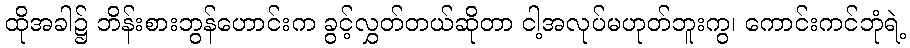
ထိုအခါ၌ ဘိန်းစားဘွန်ဟောင်းက ခွင့်လွှတ်တယ်ဆိုတာ ငါ့အလုပ်မဟုတ်ဘူးကွ၊ ကောင်းကင်ဘုံရဲ့